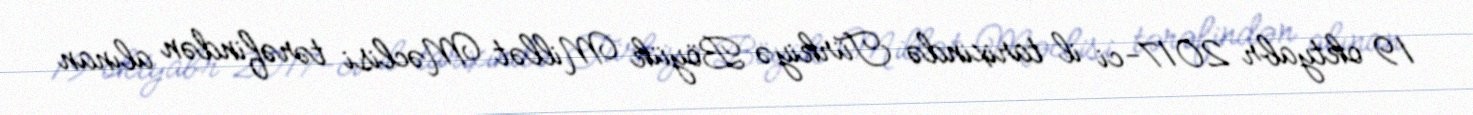
19 oktyabr 2017-ci il tarixində Türkiyə Böyük Millət Məclisi tərəfindən alınan